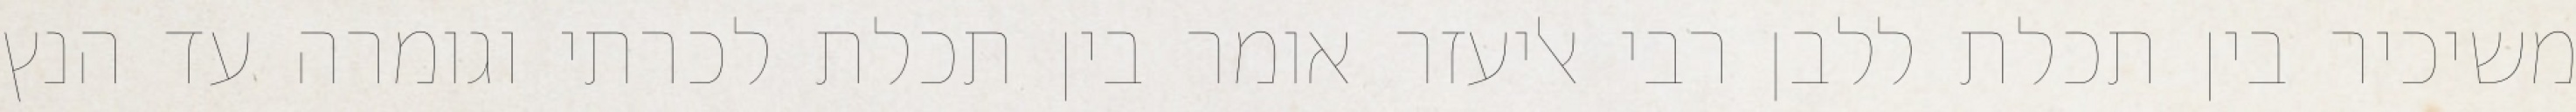
משיכיר בין תכלת ללבן רבי אליעזר אומר בין תכלת לכרתי וגומרה עד הנץ